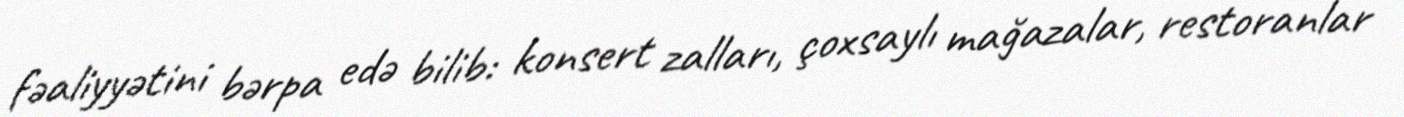
fəaliyyətini bərpa edə bilib: konsert zalları, çoxsaylı mağazalar, restoranlar